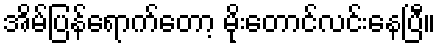
အိမ်ပြန်ရောက်တော့ မိုးတောင်လင်းနေပြီ။